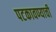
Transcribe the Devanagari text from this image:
पटकावण्याची